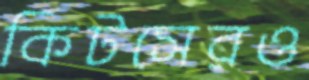
কিটসেরও